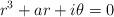
LaTeX: \begin{align*}r^3+ar+i\theta=0\end{align*}